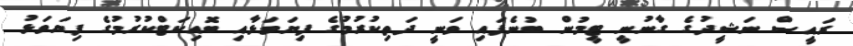
ރައީސް ނަޝީދުގެ ގާނުނީ ޓީމުން ބުނެފައި ވަނީ ދަތިކުރުމުގެ ފިޔަވަޅާއި ބޮއިކަޓްކުރުމުގެ ފިޔަވަޅު